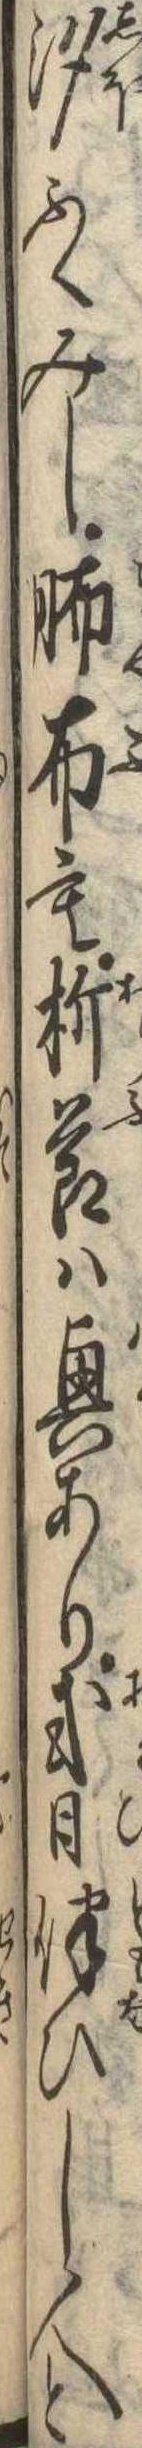
汐ふくみし布も折節は興あり或日伴ひし人と